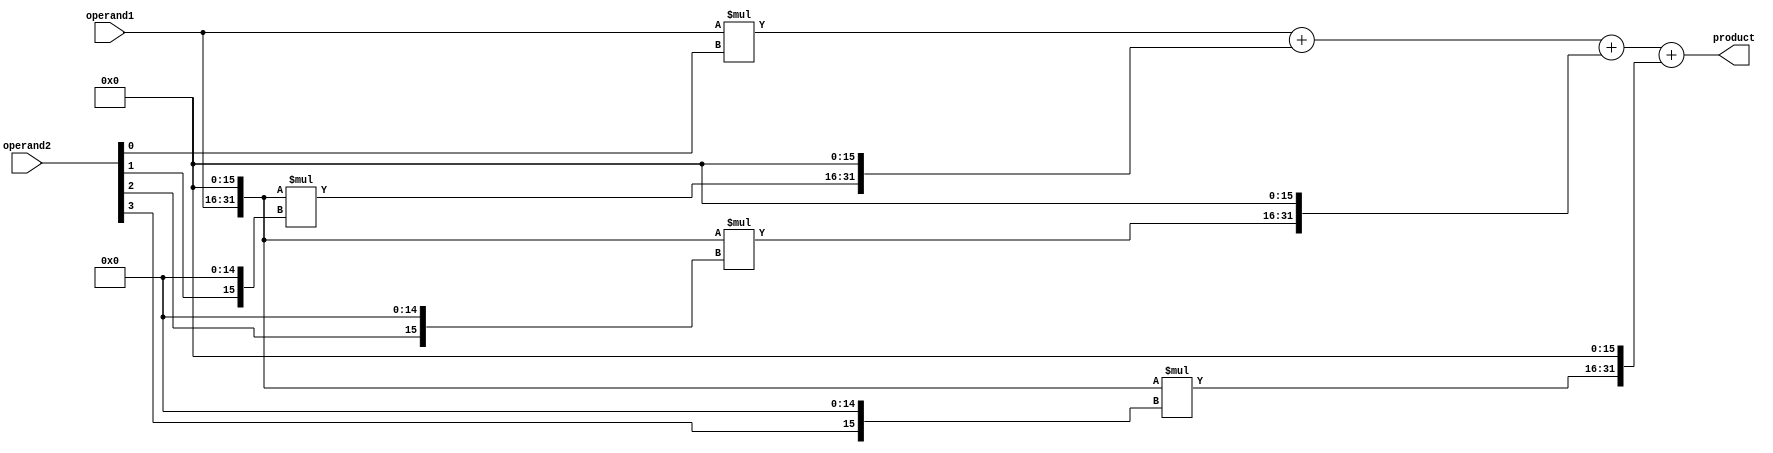
module Radix4_Multiplier (
    input wire [15:0] operand1,
    input wire [15:0] operand2,
    output reg [31:0] product
);

reg [31:0] partial_product1, partial_product2, partial_product3, partial_product4;
reg [31:0] final_result;

// Radix-4 Booth Encoder
always @* begin
    partial_product1 = operand1 * operand2[0];
    partial_product2 = {operand1, 16'b0} * {operand2[1], 15'b0};
    partial_product3 = {operand1, 16'b0} * {operand2[2], 15'b0};
    partial_product4 = {operand1, 16'b0} * {operand2[3], 15'b0};
end

// Radix-4 Booth Encoder Controller
always @* begin
    final_result = partial_product1 + (partial_product2 << 16) + (partial_product3 << 16) + (partial_product4 << 16);
end

// Register for storing the final product
always @* begin
    product = final_result;
end

endmodule